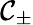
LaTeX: \mathcal{C}_{\pm}